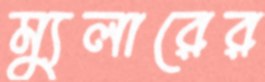
ম্যুলারের